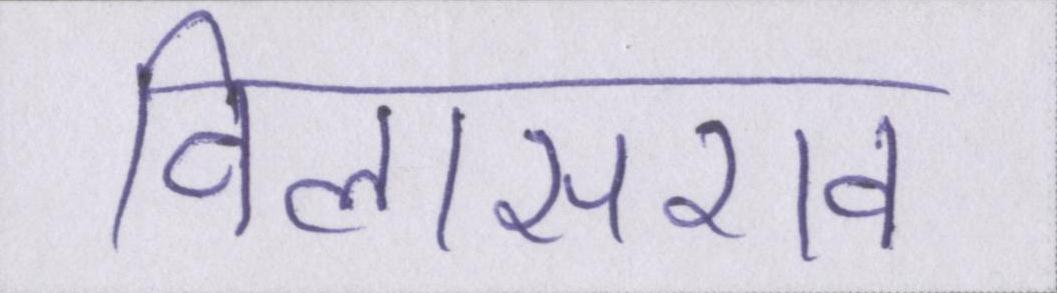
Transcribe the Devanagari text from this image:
विलासराव